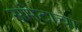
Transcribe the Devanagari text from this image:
समेटाचा